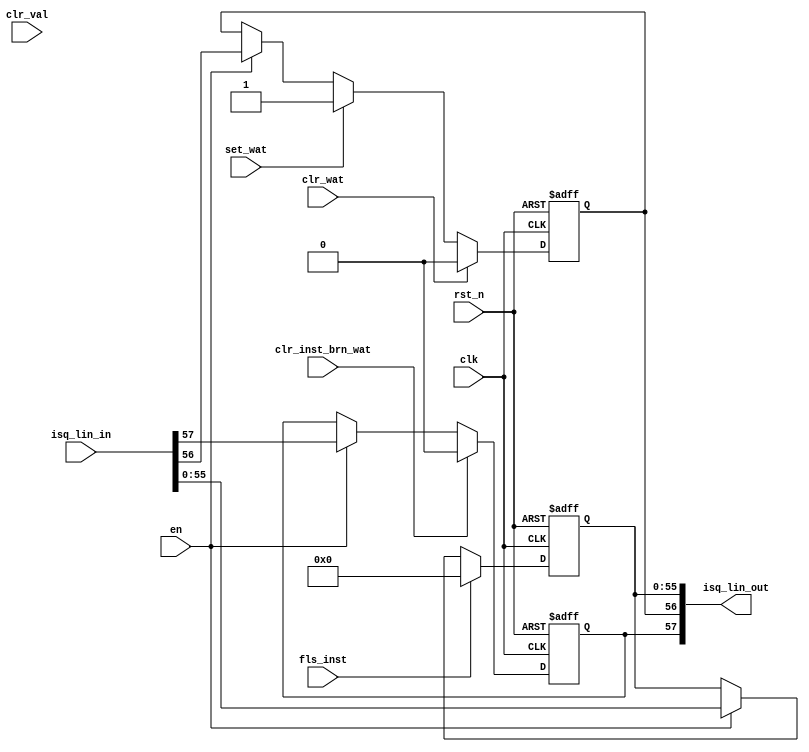
//`default_nettype none

//////////////////////////////////////////////////
// represent each line of valid bit
// clr_val,set_val in charge of valid bit
// clr_wat, set_wat in charge of wait bit
// fls in charge of inst bits, doesn't alter valid and wait bit
/////////////////////////////////////////////////// /
module isq_lin(/*autoarg*/
   // Outputs
   isq_lin_out,
   // Inputs
   clk, rst_n, en, clr_wat, set_wat, clr_val, fls_inst,
   clr_inst_brn_wat, isq_lin_in
   );
   parameter INST_WIDTH=56;
   parameter ISQ_LINE_NO_IDX_WIDTH=INST_WIDTH +1+1;
   localparam ISQ_LINE_NO_IDX_BIT_WAT=INST_WIDTH;
   localparam ISQ_LINE_NO_IDX_BIT_BRN_WAT=INST_WIDTH+1;   
   
   input wire clk, rst_n, en;
   input wire clr_wat, set_wat,clr_val, fls_inst, clr_inst_brn_wat;
   input wire [ISQ_LINE_NO_IDX_WIDTH-1:0] isq_lin_in;
   output wire [ISQ_LINE_NO_IDX_WIDTH-1:0] isq_lin_out;

   reg                          wat, brn_wat;
   reg [INST_WIDTH-1:0]             inst;
         
             
   /////////////////////////////////////
   //valid bit
   /////////////////////////////////////
/* -----\/----- EXCLUDED -----\/-----
   always @(posedge clk, negedge rst_n)
     begin
        if (!rst_n)
          val<=1'b0;
        else if (clr_val)
          val<=1'b0;
        else if (set_val)
          val<=1'b1;
        else if (en)
          val<=isq_lin_in[ISQ_LINE_NO_IDX_WIDTH-1];
     end
 -----/\----- EXCLUDED -----/\----- */
   

   /////////////////////////////////////
   //wait bit
   /////////////////////////////////////
   always @(posedge clk, negedge rst_n)
     begin
        if (~rst_n)
          wat<=1'b0;
        else if (clr_wat)
          wat<=1'b0;
        else if (set_wat)
          wat<=1'b1;
        else if (en)
          wat<=isq_lin_in[ISQ_LINE_NO_IDX_BIT_WAT];
		else
		  wat<=wat;
     end

   /////////////////////////////////////
   //brn_wat bit
   //0 means this is not a branch or branch has been committed
   //1 means this is a branch which has not been resolved
   /////////////////////////////////////
   always @(posedge clk, negedge rst_n)
     begin
        if (~rst_n)
          brn_wat<=1'b0;
        else if (clr_inst_brn_wat)
          brn_wat<=1'b0;
        else if (en)
          brn_wat<=isq_lin_in[ISQ_LINE_NO_IDX_BIT_BRN_WAT];
		else
		  brn_wat<=brn_wat;
     end
     

   /////////////////////////////////////
   //instruction flops
   /////////////////////////////////////
   always @(posedge clk, negedge rst_n)
     begin
        if (!rst_n)
          inst[INST_WIDTH-1:0]<=0;
        else if (fls_inst)
          inst[INST_WIDTH-1:0]<=0;
        else if (en)
          inst[INST_WIDTH-1:0]<=isq_lin_in[INST_WIDTH-1:0];
	    else
		  inst[INST_WIDTH-1:0]<=inst[INST_WIDTH-1:0];
     end

   
   ///////////////////////////
   //output
   ///////////////////////////
   assign isq_lin_out = {brn_wat, wat, inst};
   
endmodule // isq_lin